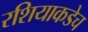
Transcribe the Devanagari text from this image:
रशियाकडेच